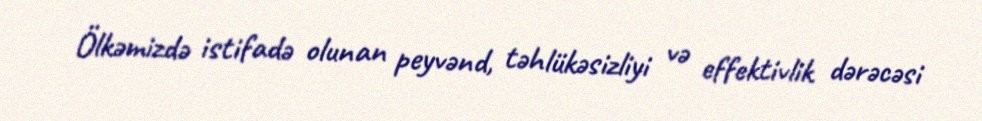
Ölkəmizdə istifadə olunan peyvənd, təhlükəsizliyi və effektivlik dərəcəsi